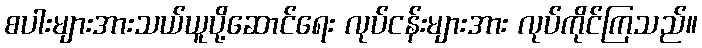
စပါးများအားသယ်ယူပို့ဆောင်ရေး လုပ်ငန်းများအား လုပ်ကိုင်ကြသည်။